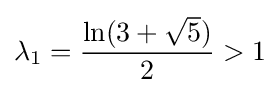
\lambda _{1}={\frac {\ln(3+{\sqrt {5}})}{2}}>1